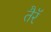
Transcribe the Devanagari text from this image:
तैरॅ